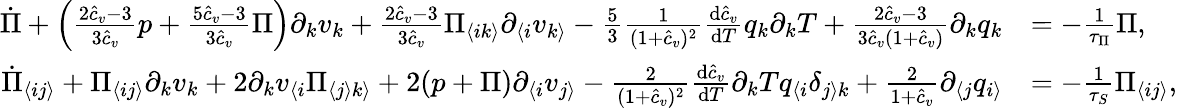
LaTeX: \begin{array}{rl}{\dot{\Pi}+\left(\frac{2\hat{c}_{v}-3}{3\hat{c}_{v}}p+\frac{5\hat{c}_{v}-3}{3\hat{c}_{v}}\Pi\right)\partial_{k}v_{k}+\frac{2\hat{c}_{v}-3}{3\hat{c}_{v}}\Pi_{\langle ik\rangle}\partial_{\langle i}v_{k\rangle}-\frac{5}{3}\frac{1}{(1+\hat{c}_{v})^{2}}\frac{\textrm{d}\hat{c}_{v}}{\textrm{d}T}q_{k}\partial_{k}T+\frac{2\hat{c}_{v}-3}{3\hat{c}_{v}(1+\hat{c}_{v})}\partial_{k}q_{k}}&{=-\frac{1}{\tau_{\Pi}}\Pi,}\\ {\dot{\Pi}_{\langle ij\rangle}+\Pi_{\langle ij\rangle}\partial_{k}v_{k}+2\partial_{k}v_{\langle i}\Pi_{\langle j\rangle k\rangle}+2(p+\Pi)\partial_{\langle i}v_{j\rangle}-\frac{2}{(1+\hat{c}_{v})^{2}}\frac{\textrm{d}\hat{c}_{v}}{\textrm{d}T}\partial_{k}Tq_{\langle i}\delta_{j\rangle k}+\frac{2}{1+\hat{c}_{v}}\partial_{\langle j}q_{i\rangle}}&{=-\frac{1}{\tau_{S}}\Pi_{\langle ij\rangle},}\end{array}